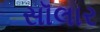
સૉલાર